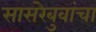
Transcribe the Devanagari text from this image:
सासरेबुवांचा